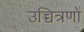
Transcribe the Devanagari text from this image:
उच्चित्रणों